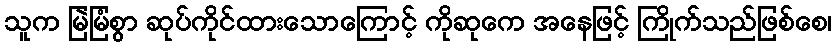
သူက မြဲမြံစွာ ဆုပ်ကိုင်ထားသောကြောင့် ကိုဆုကေ အနေဖြင့် ကြိုက်သည်ဖြစ်စေ၊